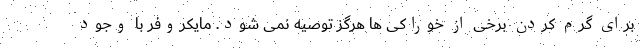
برای گرم کردن برخی از خوراکی ها هرگز توصیه نمی شود. مایکروفر با وجود